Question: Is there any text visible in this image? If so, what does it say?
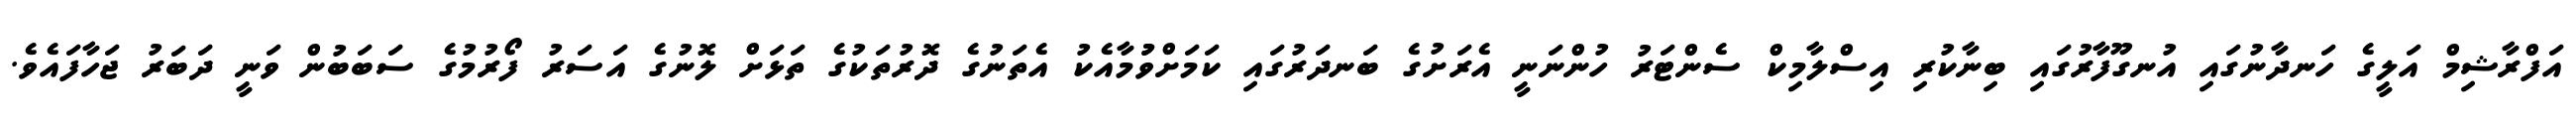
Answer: އަފްރާޝިމް އަލީގެ ހަނދާނުގައި އުނގޫފާރުގައި ބިނާކުރި އިސްލާމިކް ސެންޓަރު ހުންނަނީ އެރަށުގެ ބަނދަރުގައި ކަމަށްވުުމާއެކު އެތަނުގެ ދޮރުތަކުގެ ތަޅަށް ލޮނުގެ އަސަރު ފޯރުމުގެ ސަބަބުން ވަނީ ދަބަރު ޖަހާފައެވެ.